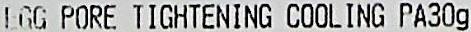
EGG PORE TIGHTENING COOLING PA30G